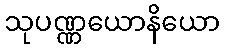
သုပဏ္ဏယောနိယော